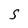
Character: S